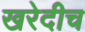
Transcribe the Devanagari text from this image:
खरेदीच